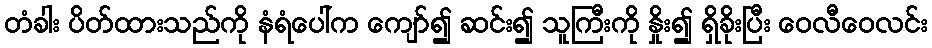
တံခါး ပိတ်ထားသည်ကို နံရံပေါ်က ကျော်၍ ဆင်း၍ သူကြီးကို နှိုး၍ ရှိခိုးပြီး ဝေလီဝေလင်း